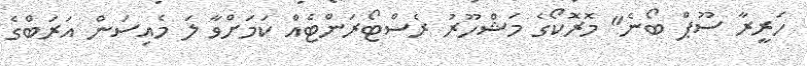
ހަރީރާ ސޫޕް ބޯނެ" މޮރޮކޯގެ މަޝްހޫރު ރެސްޓޯރަންޓެއް ކަމަށްވާ ލަ މެއިސަން އަރަބްގެ